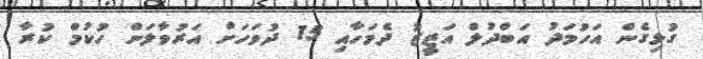
ގުޅިގެން އަހުމަދު އަބްދުލް އަޒީޒު ދެމަހާއި 15 ދުވަހަށް އަރުވާލަން ހުކުމް ކުރާ